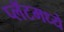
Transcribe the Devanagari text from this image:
प्लॅटमध्ये